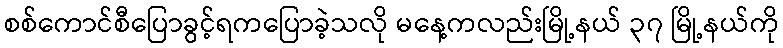
စစ်ကောင်စီပြောခွင့်ရကပြောခဲ့သလို မနေ့ကလည်းမြို့နယ် ၃၇ မြို့နယ်ကို